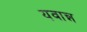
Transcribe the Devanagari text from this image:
यवान्न